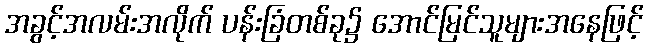
အခွင့်အလမ်းအလိုက် ပန်းခြံတစ်ခု၌ အောင်မြင်သူများအနေဖြင့်